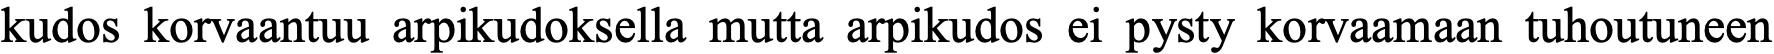
kudos korvaantuu arpikudoksella mutta arpikudos ei pysty korvaamaan tuhoutuneen